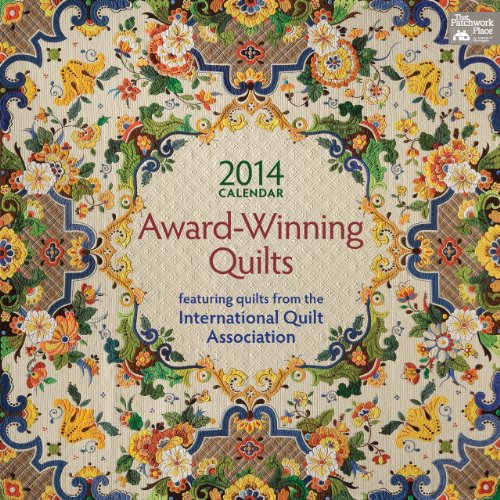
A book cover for Award Winning Quilts 2014 Calendar: Featuring Quilts from the International Quilt Association; That Patchwork Place; Calendars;